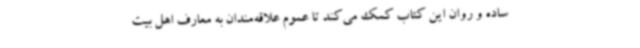
ساده و روان این کتاب کمک می‌کند تا عموم علاقه‌مندان به معارف اهل بیت